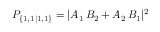
P _ { \{ 1 , 1 | 1 , 1 \} } = | A _ { 1 } \, B _ { 2 } + A _ { 2 } \, B _ { 1 } | ^ { 2 }